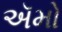
ઍમો